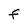
Character: F